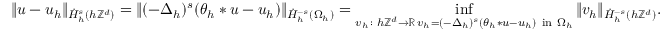
\| u - u _ { h } \| _ { \dot { H } _ { h } ^ { s } ( h \mathbb { Z } ^ { d } ) } = \| ( - \Delta _ { h } ) ^ { s } ( \theta _ { h } * u - u _ { h } ) \| _ { \dot { H } _ { h } ^ { - s } ( \Omega _ { h } ) } = \operatorname* { i n f } _ { \substack { v _ { h } \colon h \mathbb { Z } ^ { d } \to \mathbb { R } \, v _ { h } = ( - \Delta _ { h } ) ^ { s } ( \theta _ { h } * u - u _ { h } ) \mathrm { ~ i n ~ } \Omega _ { h } } } \| v _ { h } \| _ { \dot { H } _ { h } ^ { - s } ( h \mathbb { Z } ^ { d } ) } .